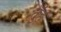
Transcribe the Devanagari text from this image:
तुँह